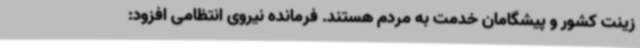
زینت کشور و پیشگامان خدمت به مردم هستند. فرمانده نیروی انتظامی افزود: